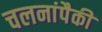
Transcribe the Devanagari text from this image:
चलनांपैकी